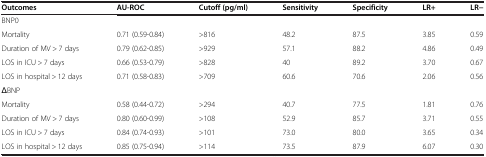
| Outcomes | AU-ROC | Cutoff (pg/ml) | Sensitivity | Specificity | LR+ | LR− |
 | --- | --- | --- | --- | --- | --- | --- |
 | <COLSPAN=7> BNP0 |
 | Mortality | 0.71 (0.59-0.84) | >816 | 48.2 | 87.5 | 3.85 | 0.59 |
 | Duration of MV > 7 days | 0.79 (0.62-0.85) | >929 | 57.1 | 88.2 | 4.86 | 0.49 |
 | LOS in ICU > 7 days | 0.66 (0.53-0.79) | >828 | 40 | 89.2 | 3.70 | 0.67 |
 | LOS in hospital > 12 days | 0.71 (0.58-0.83) | >709 | 60.6 | 70.6 | 2.06 | 0.56 |
 | <COLSPAN=7> ΔBNP |
 | Mortality | 0.58 (0.44-0.72) | >294 | 40.7 | 77.5 | 1.81 | 0.76 |
 | Duration of MV > 7 days | 0.80 (0.60-0.99) | >108 | 52.9 | 85.7 | 3.71 | 0.55 |
 | LOS in ICU > 7 days | 0.84 (0.74-0.93) | >101 | 73.0 | 80.0 | 3.65 | 0.34 |
 | LOS in hospital > 12 days | 0.85 (0.75-0.94) | >114 | 73.5 | 87.9 | 6.07 | 0.30 |